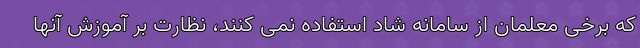
که برخی معلمان از سامانه شاد استفاده نمی کنند، نظارت بر آموزش آنها